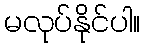
မလုပ်နိုင်ပါ။